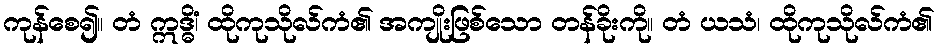
ကုန်စေ၍။ တံ ဣဒ္ဓိံ၊ ထိုကုသိုလ်ကံ၏ အကျိုးဖြစ်သော တန်ခိုးကို။ တံ ယသံ၊ ထိုကုသိုလ်ကံ၏